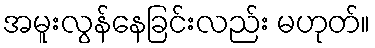
အမူးလွန်နေခြင်းလည်း မဟုတ်။